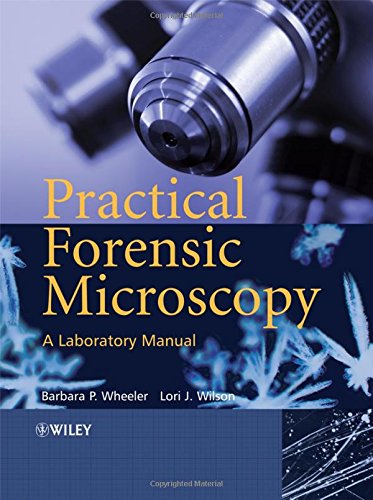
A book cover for Practical Forensic Microscopy: A Laboratory Manual; Barbara Wheeler; Science & Math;